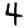
Digit: 4